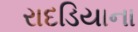
રાદડિયાના